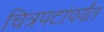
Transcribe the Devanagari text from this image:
चित्रपटांपर्यंत